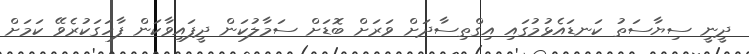
ދީނީ ސިޔާސަތު ކަނޑައެޅުމުގައި އިގްތިސާދަށް ވަރަށް ބޮޑަށް ސަމާލުކަން ދީފައިވާކަން ފާހަގަކުރެވޭ ކަމަށް